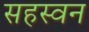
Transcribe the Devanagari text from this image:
सहस्वन